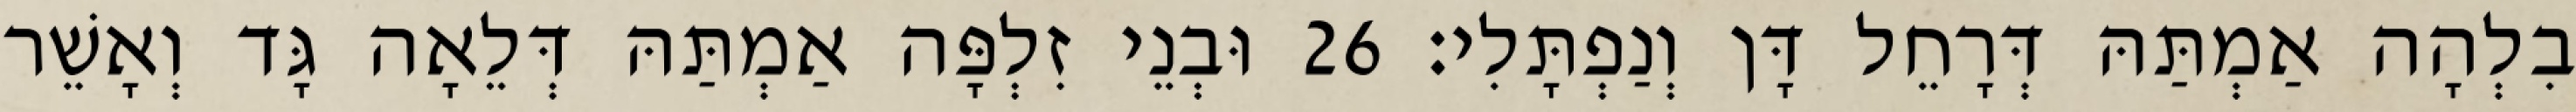
בִלְהָה אַמְתַּהּ דְּרָחֵל דָּן וְנַפְתָּלִי׃ 26 וּבְנֵי זִלְפָּה אַמְתַּהּ דְּלֵאָה גָּד וְאָשֵׁר